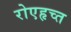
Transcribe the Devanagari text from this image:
रोएहृच्त